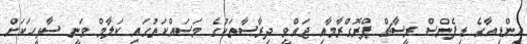
އިންޑިއާގެ ޑިފެންސް ރީސާޗް ޕްރޮގްރާމާއި ޖައްވީ ދިރާސާތަކުގެ މަސައްކަތުގައި ކަލާމް ވަނީ ސާޅީހަކަށް